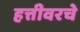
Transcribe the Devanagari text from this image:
हत्तीवरचे